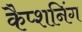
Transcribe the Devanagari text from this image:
कैप्शनिंग